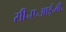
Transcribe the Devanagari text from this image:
सी॰ए॰आई॰बी॰